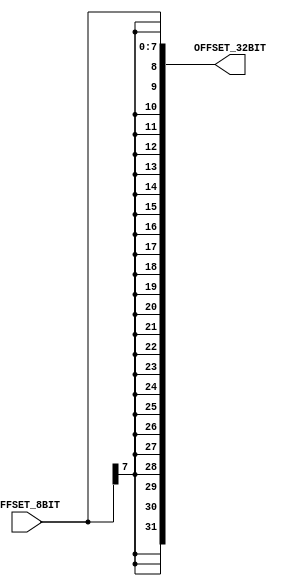
// Computer Architecture (CO224) - Lab 05
// Design: Sign Extend Module
// Group Number : 17

`timescale  1ns/100ps
module sign_extend(
    input [7:0] OFFSET_8BIT,
	output reg [31:0] OFFSET_32BIT);
	
	always @(OFFSET_8BIT) begin
		OFFSET_32BIT={{24{OFFSET_8BIT[7]}},OFFSET_8BIT};
	end	  
endmodule